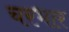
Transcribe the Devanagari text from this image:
चरभार